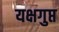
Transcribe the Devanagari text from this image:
यक्षगुप्त